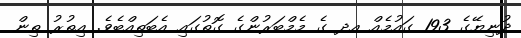
ދުނިޔޭގެ 193 ގައުމެއް އދ ގެ މެމްބަރުންގެ ގޮތުގައި އެބަތިއްބެވެ. އިތުރު ތިން